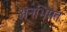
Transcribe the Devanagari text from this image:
अनभिमत